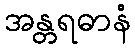
အန္တရဓာနံ